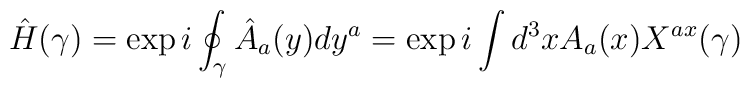
{\hat H}(\gamma)=\exp {i\oint_{\gamma}{\hat A}_{a}(y)dy^{a}}=\exp {i\int d^3x A_a(x) X^{ax}(\gamma)}